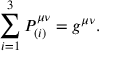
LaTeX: \sum _ { i = 1 } ^ { 3 } P _ { ( i ) } ^ { \mu \nu } = g ^ { \mu \nu } .